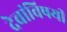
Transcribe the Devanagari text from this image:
देवांविषयी